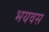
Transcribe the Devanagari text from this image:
भयवस